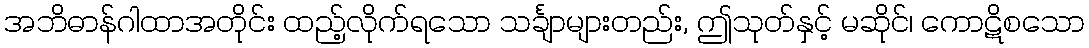
အဘိဓာန်ဂါထာအတိုင်း ထည့်လိုက်ရသော သင်္ချာများတည်း, ဤသုတ်နှင့် မဆိုင်၊ ကောဋိစသော